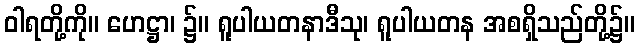
ဝါရတို့ကို။ ဟေဋ္ဌာ၊ ၌။ ရူပါယတနာဒီသု၊ ရူပါယတန အစရှိသည်တို့၌။